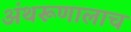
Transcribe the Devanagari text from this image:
अंथरूणालाच